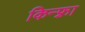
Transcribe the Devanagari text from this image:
किन्फ़्रा